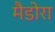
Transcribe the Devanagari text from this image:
मैडोरा